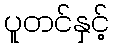
ပူတင်နှင့်